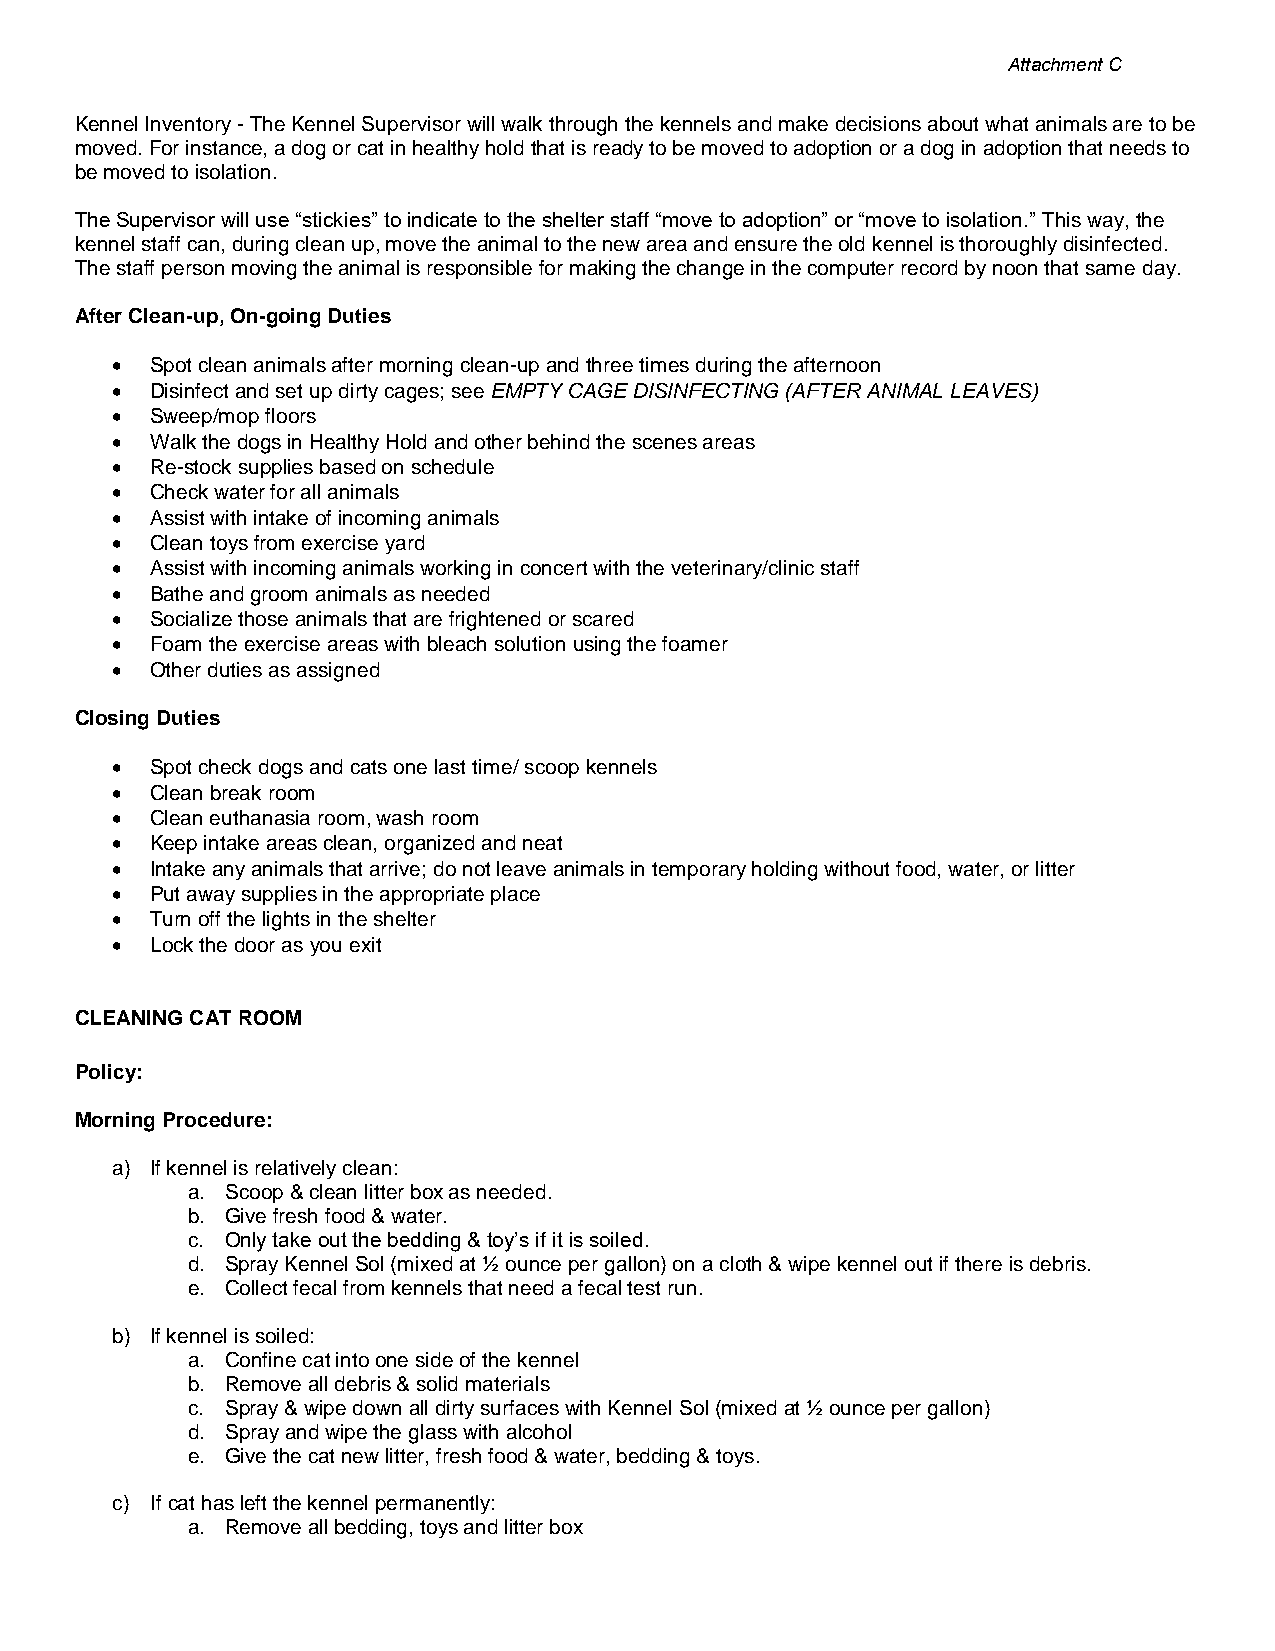
Attachment C
 Kennel Inventory - The Kennel Supervisor will walk through the kennels and make decisions about what animals are to be
 moved. For instance, a dog or cat in healthy hold that is ready to be moved to adoption or a dog in adoption that needs to
 be moved to isolation.
 The Supervisor will use “stickies” to indicate to the shelter staff “move to adoption” or “move to isolation.” This way, the
 kennel staff can, during clean up, move the animal to the new area and ensure the old kennel is thoroughly disinfected.
 The staff person moving the animal is responsible for making the change in the computer record by noon that same day.
 After Clean-up, On-going Duties
 •  Spot clean animals after morning clean-up and three times during the afternoon
 •  Disinfect and set up dirty cages; see EMPTY CAGE DISINFECTING (AFTER ANIMAL LEAVES)
 •  Sweep/mop floors
 •  Walk the dogs in Healthy Hold and other behind the scenes areas
 •  Re-stock supplies based on schedule
 •  Check water for all animals
 •  Assist with intake of incoming animals
 •  Clean toys from exercise yard
 •  Assist with incoming animals working in concert with the veterinary/clinic staff
 •  Bathe and groom animals as needed
 •  Socialize those animals that are frightened or scared
 •  Foam the exercise areas with bleach solution using the foamer
 •  Other duties as assigned
 Closing Duties
 •  Spot check dogs and cats one last time/ scoop kennels
 •  Clean break room
 •  Clean euthanasia room, wash room
 •  Keep intake areas clean, organized and neat
 •  Intake any animals that arrive; do not leave animals in temporary holding without food, water, or litter
 •  Put away supplies in the appropriate place
 •  Turn off the lights in the shelter
 •  Lock the door as you exit
 CLEANING CAT ROOM
 Policy:
 Morning Procedure:
 a) If kennel is relatively clean:
 a. Scoop & clean litter box as needed.
 b. Give fresh food & water.
 c. Only take out the bedding & toy’s if it is soiled.
 d. Spray Kennel Sol (mixed at ½ ounce per gallon) on a cloth & wipe kennel out if there is debris.
 e. Collect fecal from kennels that need a fecal test run.
 b) If kennel is soiled:
 a. Confine cat into one side of the kennel
 b. Remove all debris & solid materials
 c. Spray & wipe down all dirty surfaces with Kennel Sol (mixed at ½ ounce per gallon)
 d. Spray and wipe the glass with alcohol
 e. Give the cat new litter, fresh food & water, bedding & toys.
 c) If cat has left the kennel permanently:
 a. Remove all bedding, toys and litter box